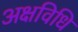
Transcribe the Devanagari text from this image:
अक्षविधि